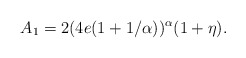
\begin{align*}A_1 = 2( 4e(1+1/\alpha))^{\alpha} (1+ \eta).\end{align*}